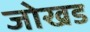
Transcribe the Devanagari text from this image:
जोखड